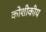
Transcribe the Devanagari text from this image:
कोशीकीय